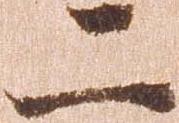
二